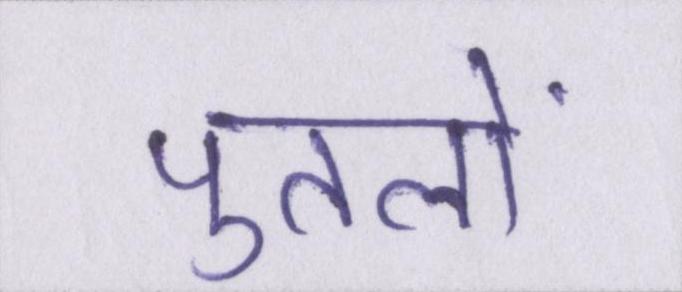
पुतलों